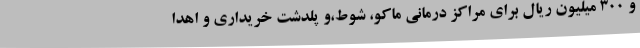
و 300 میلیون ریال برای مراکز درمانی ماکو، شوط،و پلدشت خریداری و اهدا